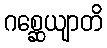
ဂစ္ဆေယျာတိ